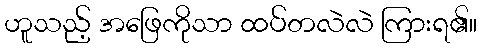
ဟူသည့် အဖြေကိုသာ ထပ်တလဲလဲ ကြားရ၏။